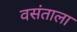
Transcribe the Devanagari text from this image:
वसंताला